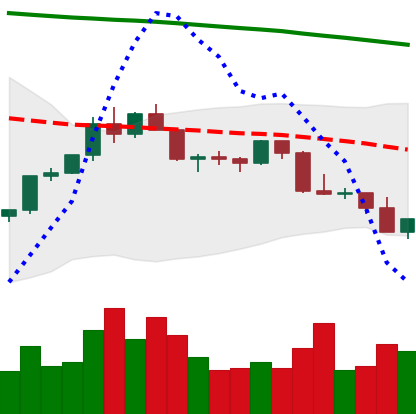
Ticker: LTC-USD
Chart end date: 2022-02-22
Forward return: -4.108%
Label: down_3_5